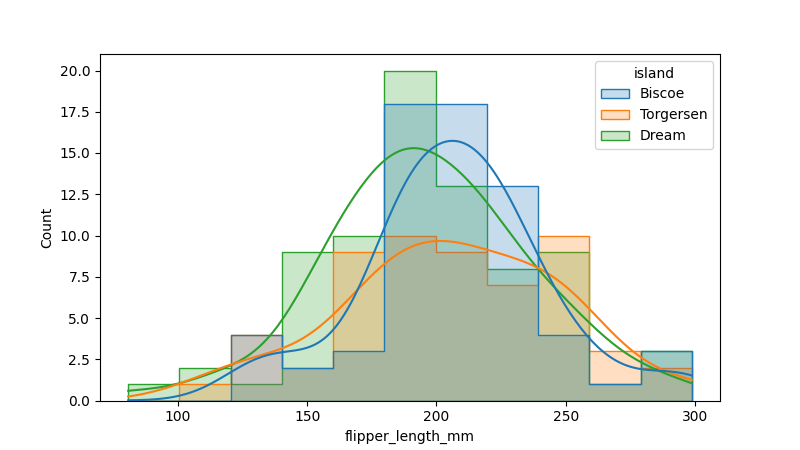
python, seaborn, histplot, hue='island', binwidth=20, bins='10', element='step'